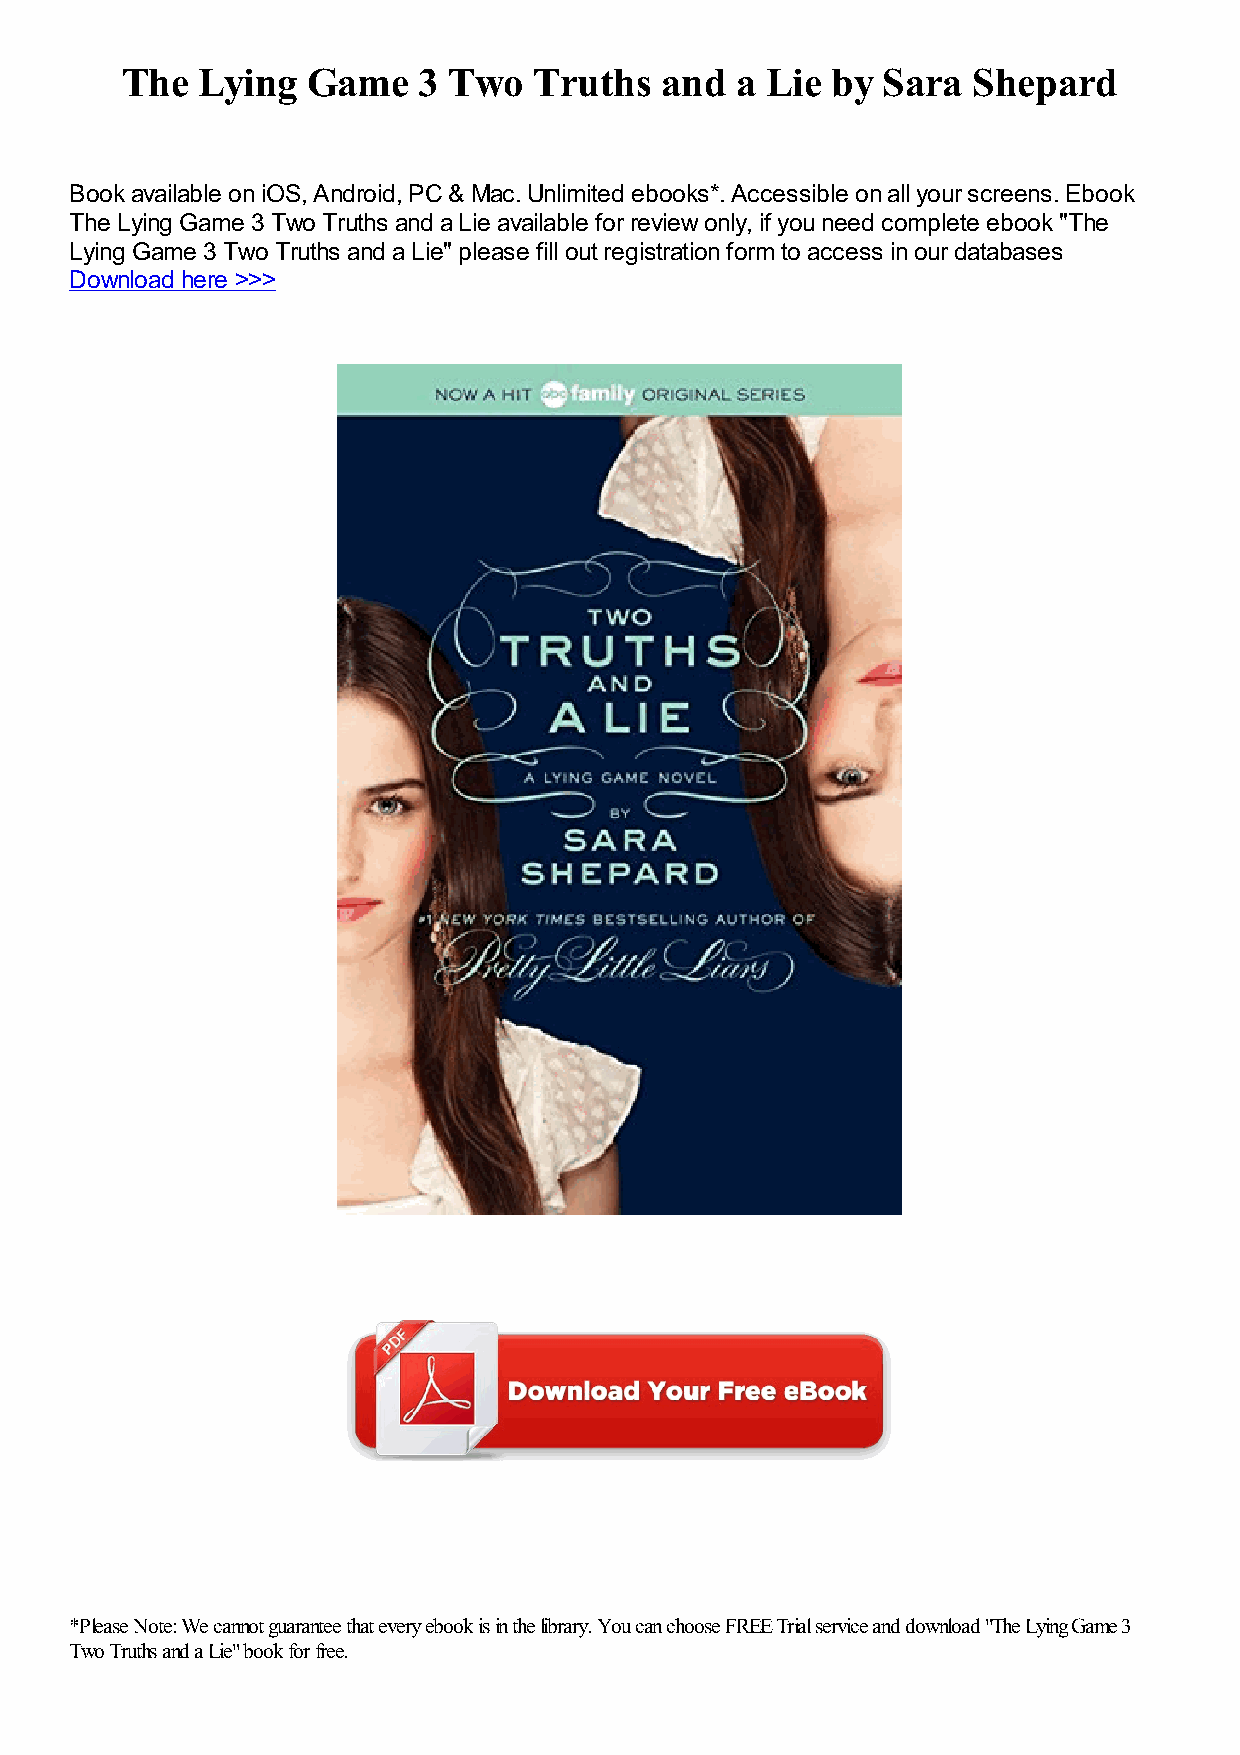
The  Lying  Game    3 Two  Truths   and  a Lie by Sara  Shepard
 Book available on iOS, Android, PC & Mac. Unlimited ebooks*. Accessible on all your screens. Ebook
 The Lying Game 3 Two Truths and a Lie available for review only, if you need complete ebook "The
 Lying Game 3 Two Truths and a Lie" please fill out registration form to access in our databases
 Download here >>>
 *Please Note: We cannot guarantee that every ebook is in the library. You can choose FREE Trial service and download "The Lying Game 3
 Two Truths and a Lie" book for free.